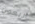
أربعون